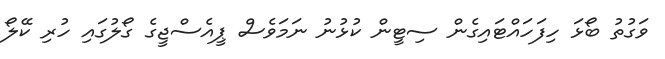
ވަގުތު ބޯޅަ ހިފަހައްޓައިގެން ސިޓީން ކުޅުނު ނަމަވެސް ޕީއެސްޖީގެ ގޯލުގައި ހުރި ކޭލޯ